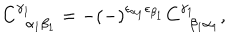
LaTeX: C _ { \; \; \alpha _ { 1 } \beta _ { 1 } } ^ { \gamma _ { 1 } } = - \left( - \right) ^ { \epsilon _ { \alpha _ { 1 } } \epsilon _ { \beta _ { 1 } } } C _ { \; \; \beta _ { 1 } \alpha _ { 1 } } ^ { \gamma _ { 1 } } ,